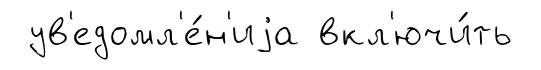
ув'едомл'е́н'иjа вкл'ючи́ть